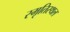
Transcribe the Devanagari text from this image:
स्मृतिस्थल